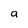
Character: a